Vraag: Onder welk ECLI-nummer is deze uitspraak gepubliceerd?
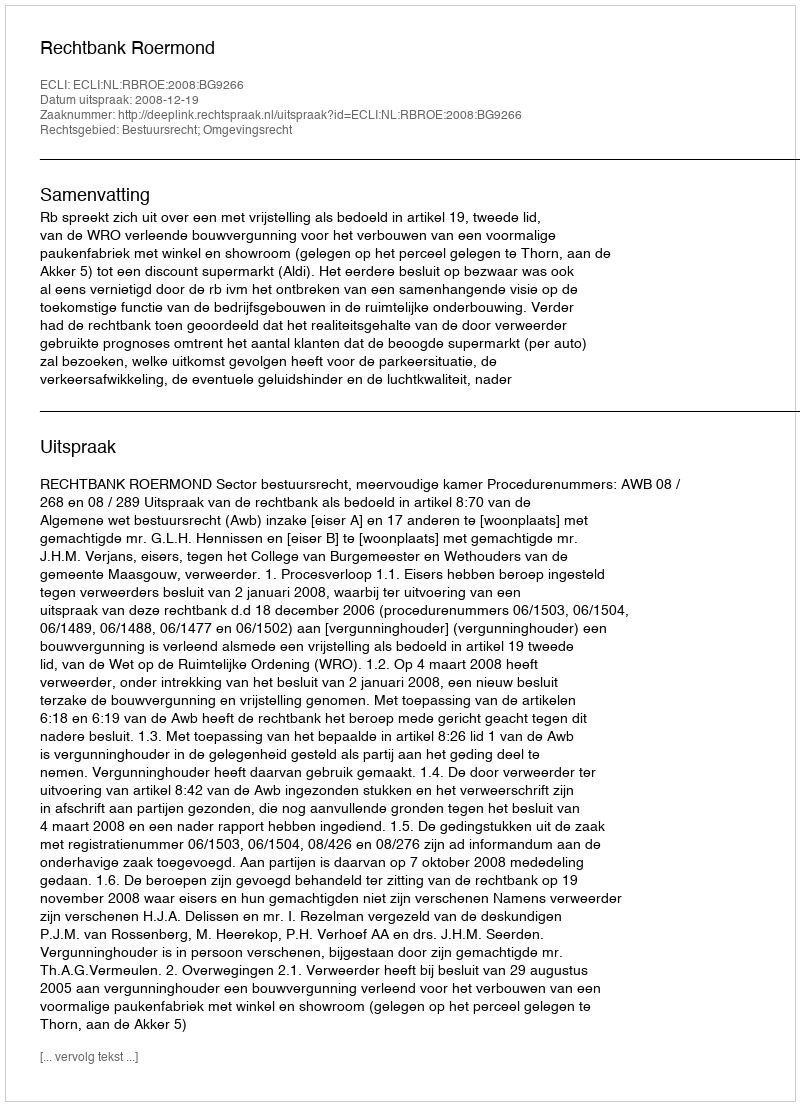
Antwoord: ECLI:NL:RBROE:2008:BG9266